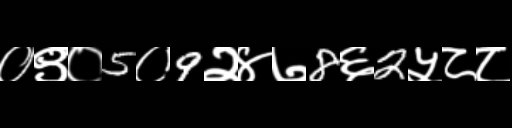
Text: ०९०5०9२४७8६2५८८